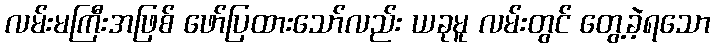
လမ်းမကြီးအဖြစ် ဖော်ပြထားသော်လည်း ယခုမူ လမ်းတွင် တွေ့ခဲ့ရသော